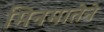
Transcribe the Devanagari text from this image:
मिनमातेने